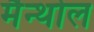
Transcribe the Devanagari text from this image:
मैन्थोल